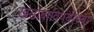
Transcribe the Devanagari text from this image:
खंडोबाविषयीच्या